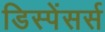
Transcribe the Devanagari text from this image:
डिस्पेंसर्स